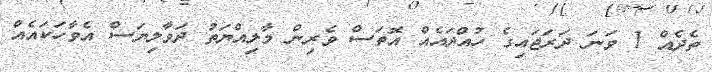
ތެދެއް 1 ވަނަ ދަރަޖައިގެ ހުއްދައެއް އޮތަސް ވެރިން މާލިއްޔަތު ދަވާލިޔަސް އެވާހަކައެއް